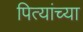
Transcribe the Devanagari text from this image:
पित्यांच्या